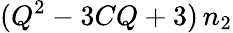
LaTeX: (Q^{2}-3CQ+3)\, n_{2}